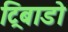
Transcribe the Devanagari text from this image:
ट्रिबाडो